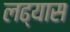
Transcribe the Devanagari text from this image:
लढ्यास